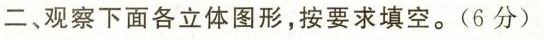
二、观察下面各立体图形，按要求填空。(6分)